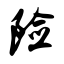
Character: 险